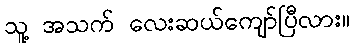
သူ့ အသက် လေးဆယ်ကျော်ပြီလား။